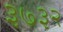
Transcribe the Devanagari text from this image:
३७३२